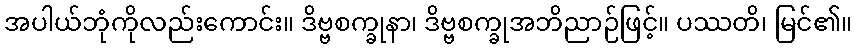
အပါယ်ဘုံကိုလည်းကောင်း။ ဒိဗ္ဗစက္ခုနာ၊ ဒိဗ္ဗစက္ခုအဘိညာဉ်ဖြင့်။ ပဿတိ၊ မြင်၏။